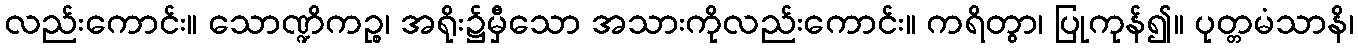
လည်းကောင်း။ သောဏ္ဍိကဉ္စ၊ အရိုး၌မှီသော အသားကိုလည်းကောင်း။ ကရိတွာ၊ ပြုကုန်၍။ ပုတ္တမံသာနိ၊